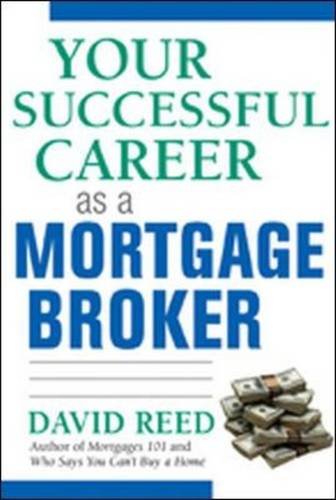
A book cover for Your Successful Career as a Mortgage Broker; David Reed; Business & Money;